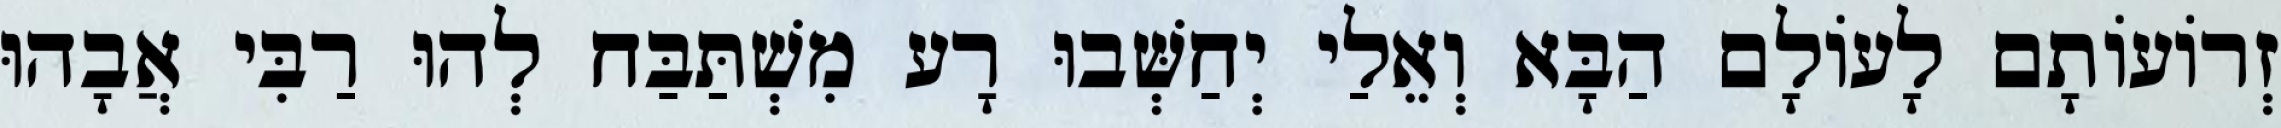
זְרוֹעוֹתָם לָעוֹלָם הַבָּא וְאֵלַי יְחַשְּׁבוּ רָע מִשְׁתַּבַּח לְהוּ רַבִּי אֲבָהוּ